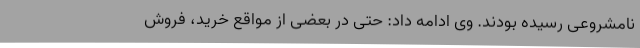
نامشروعی رسیده بودند. وی ادامه داد: حتی در بعضی از مواقع خرید، فروش